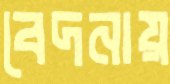
বেদনায়